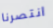
انتصرنا